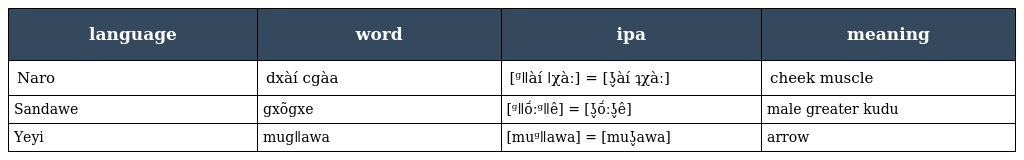
| language | word | ipa | meaning |
 | --- | --- | --- | --- |
 | Naro | dxàí cgàa | [ᶢǁàí ǀχàː] = [ʖ̬àí ʇχàː] | cheek muscle |
 | Sandawe | gxõgxe | [ᶢǁṍːᶢǁê] = [ʖ̬ṍːʖ̬ê] | male greater kudu |
 | Yeyi | mugǁawa | [muᶢǁawa] = [muʖ̬awa] | arrow |